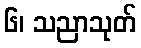
၆၊ သညာသုတ်